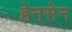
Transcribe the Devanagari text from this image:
हेनसेन